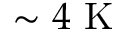
\sim 4 ~ \mathrm { K }